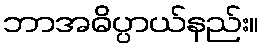
ဘာအဓိပ္ပာယ်နည်း။